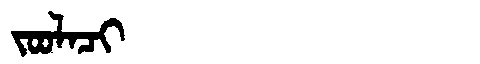
Manchu: ᠵᠣᠣᠯᠠᠴᡳ
Romanization: JOOLACI